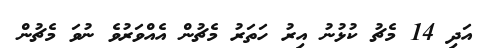
އަދި 14 މެޗު ކުޅުނު އިރު ހަތަރު މެޗުން އެއްވަރުވެ ނުވަ މެޗުން